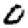
Digit: 0